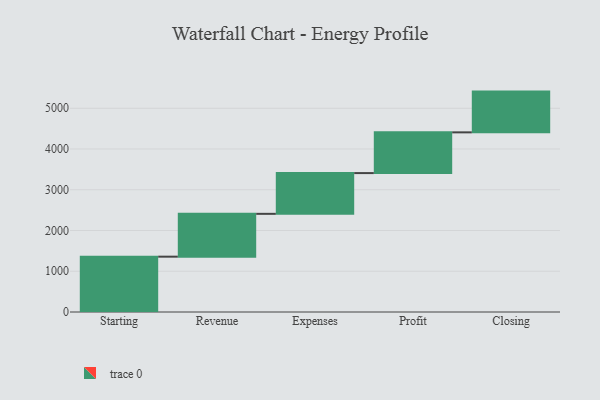
{"axis": {"x": "Step", "y": "Value"}, "legend": [""], "data": [{"x": "Starting", "y": 1358.0, "type": ""}, {"x": "Revenue", "y": 1051.0, "type": ""}, {"x": "Expenses", "y": 1000, "type": ""}, {"x": "Profit", "y": 1000, "type": ""}, {"x": "Closing", "y": 1000, "type": ""}]}